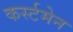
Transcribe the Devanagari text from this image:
कर्स्टमेन